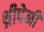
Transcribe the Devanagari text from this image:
थ्रीपेनी